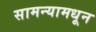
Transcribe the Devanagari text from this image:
सामन्यामधून